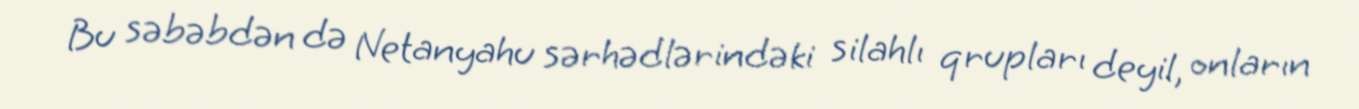
Bu səbəbdən də Netanyahu sərhədlərindəki silahlı qrupları deyil, onların